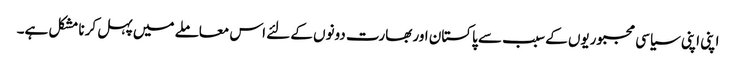
اپنی اپنی سیاسی مجبوریوں کے سبب سے پاکستان اور بھارت دونوں کے لئے اس معاملے میں پہل کرنا مشکل ہے۔